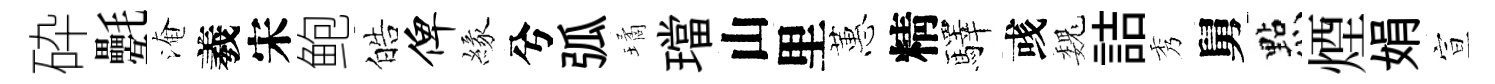
砕氎淹羲宋鲍皓俾緣兮弧璚璫山里蕙精驛彧巍詰秀舅㸃煙娟宣